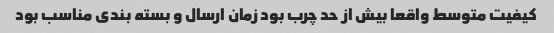
کیفیت متوسط واقعا بیش از حد چرب بود زمان ارسال و بسته بندی مناسب بود